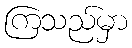
ကြသည်မှာ